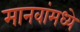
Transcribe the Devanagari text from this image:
मानवांमध्ये